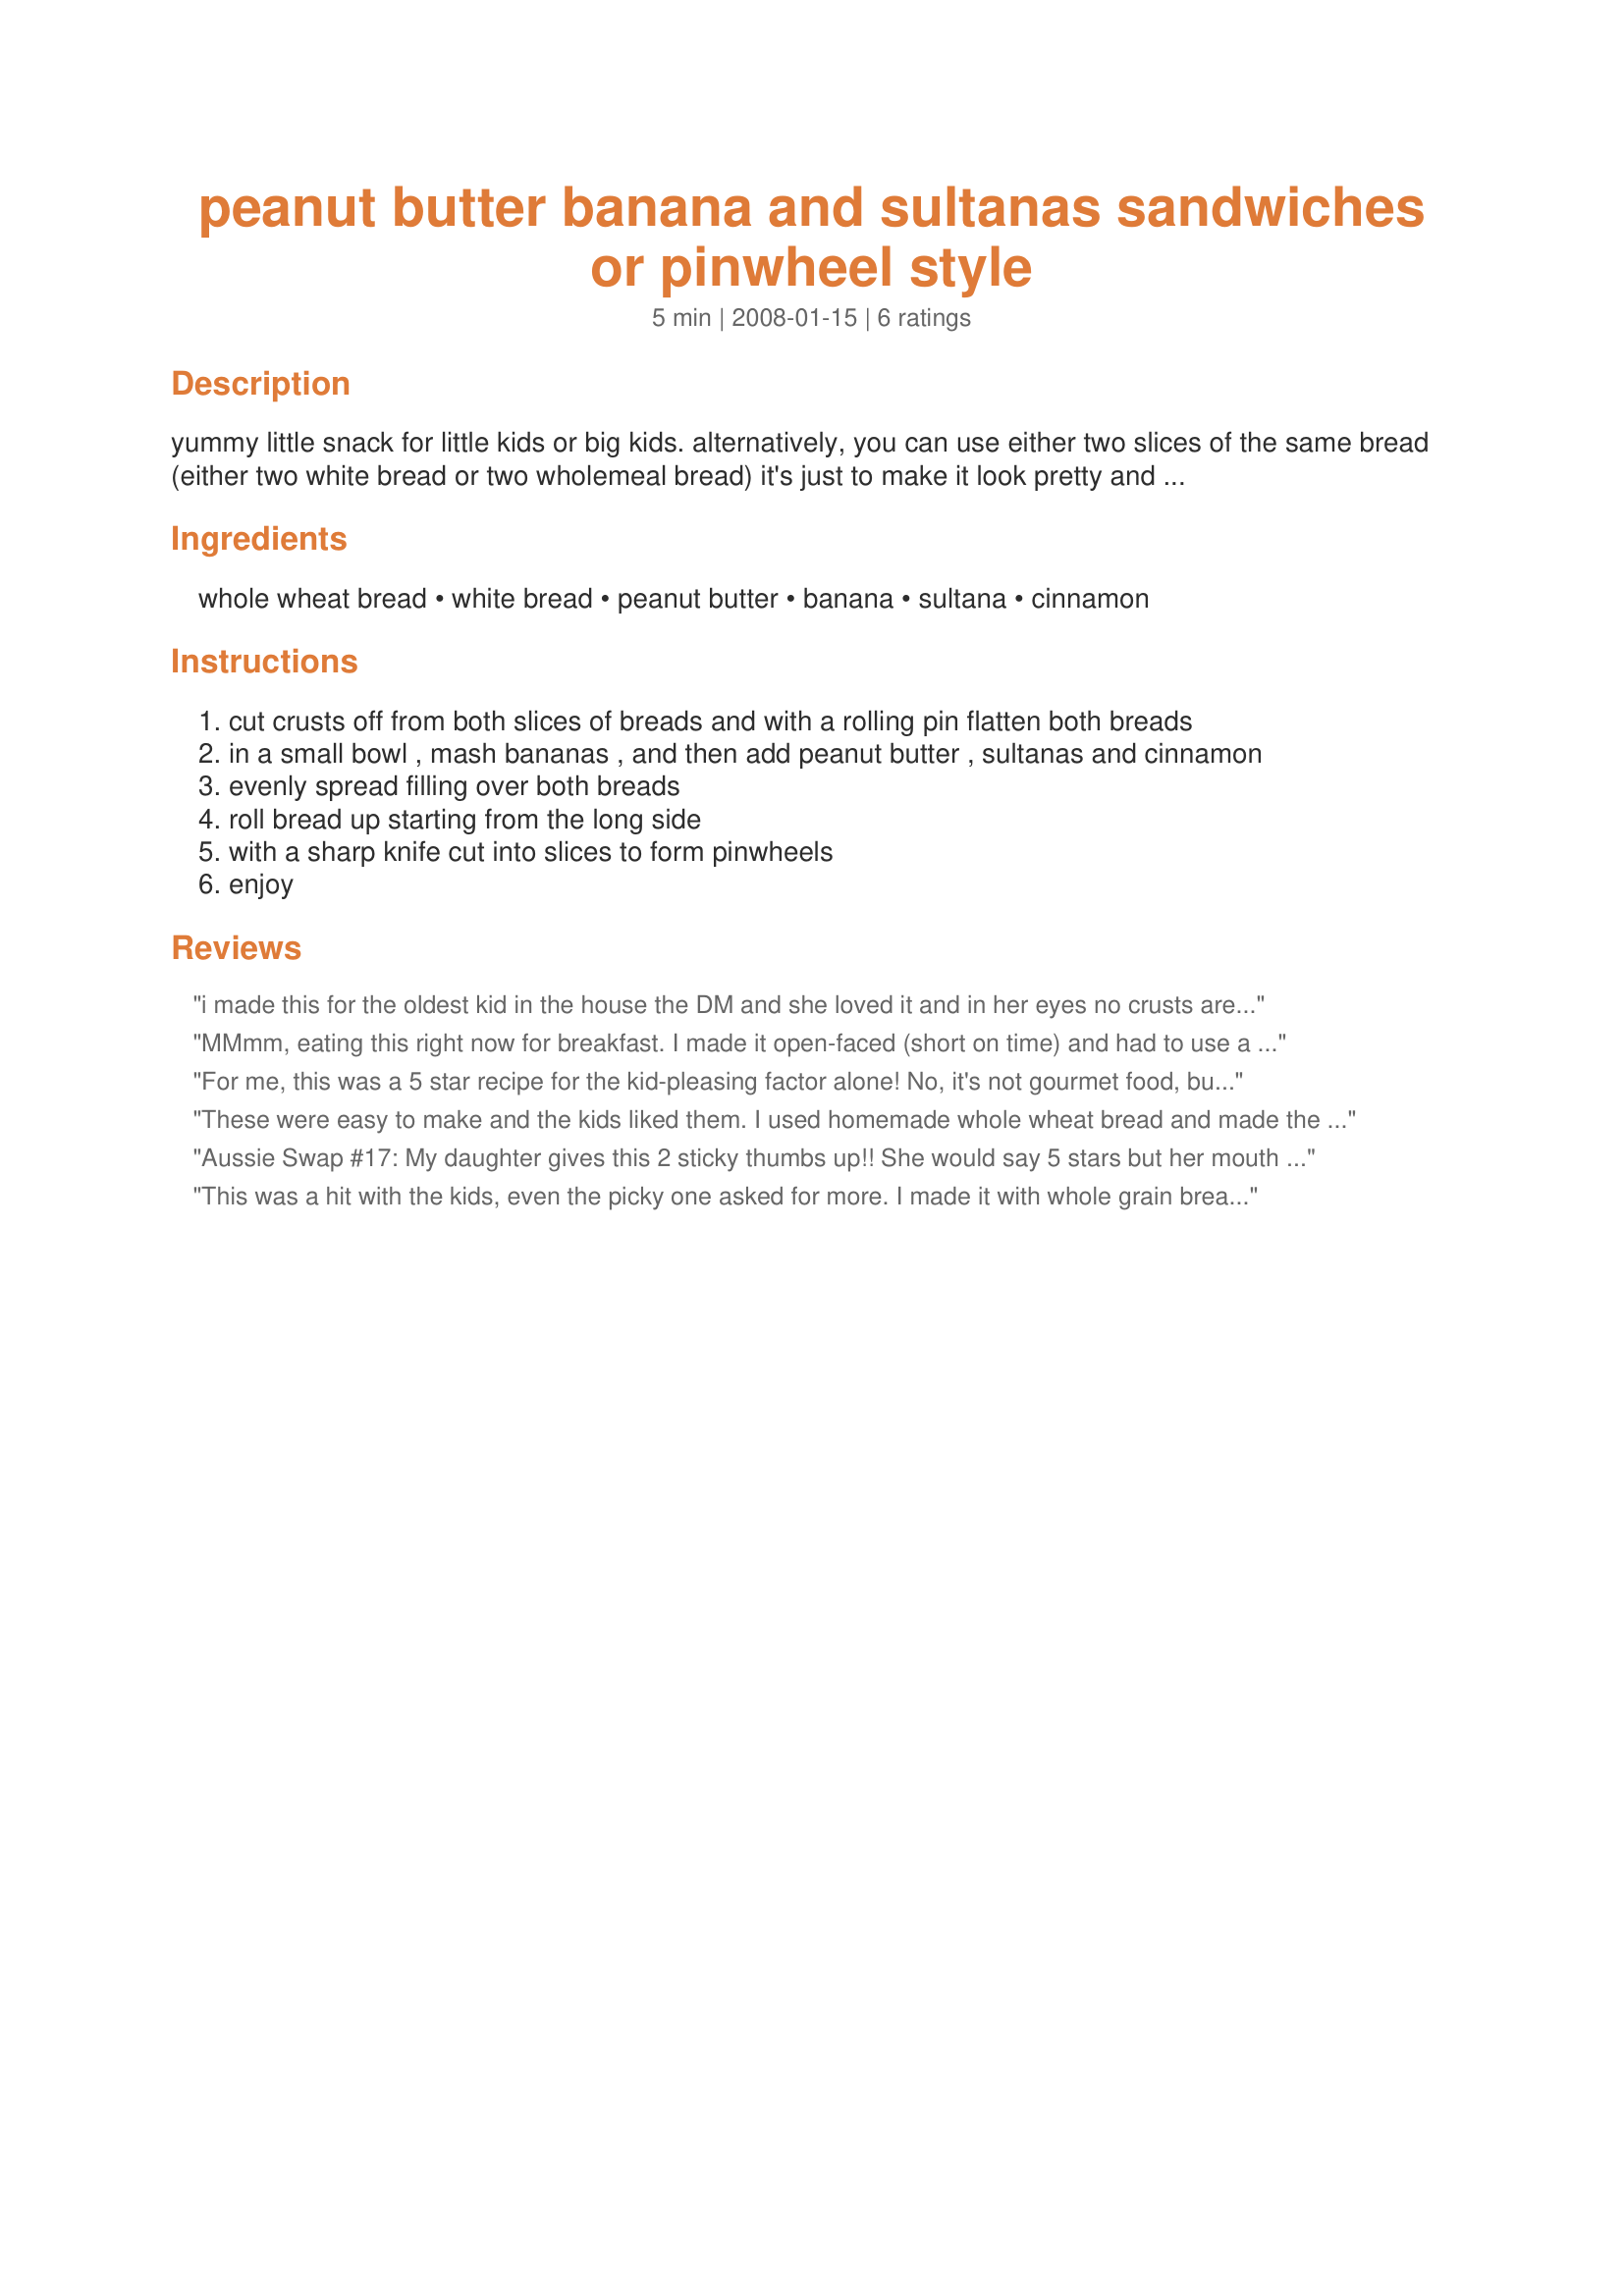
peanut butter banana and sultanas sandwiches or pinwheel style
Preparation time: 5 minutes

yummy little snack for little kids or big kids. alternatively, you can use either two slices of the same bread (either two white bread or two wholemeal bread) it's just to make it look pretty and healthy for kids. the pinwheel style is difficult to do without making a mess so if you don't like a mess or a challenge. you can use two more slice of bread and place them on the top, this will then be a serving size for two. please be careful with nuts, we don't give little miss (dd) nuts because her cousin has a severe nut allergy.

Ingredients:
whole wheat bread, white bread, peanut butter, banana, sultana, cinnamon

Steps:
cut crusts off from both slices of breads and with a rolling pin flatten both breads
in a small bowl , mash bananas , and then add peanut butter , sultanas and cinnamon
evenly spread filling over both breads
roll bread up starting from the long side
with a sharp knife cut into slices to form pinwheels
enjoy

Reviews:
i made this for the oldest kid in the house the DM and she loved it and in her eyes no crusts are good thing. Used a wholemeal/wholegrain bread and had enough filling to generously cover 3 slices. Thank you Chef floWer, made for Edition 9 - Make My Recipe.
MMmm, eating this right now for breakfast. I made it open-faced (short on time) and had to use a handful of frozen, sliced bananas (didn't have any fresh). I used Jif creamy (the best brand of pb imho :D ) and the cinnamon and sultanas and spread this on Sprouted Multi Grain Bread from Fresh & Easy Market. I halved the recipe but still have some left, so stuck it in the fridge - hope it'll be okay in there and the bananas won't get all weird from thawing out. I have always enjoyed pb and banana sandwiches of varying combinations; this one is part of my repertoire now. :) Thanks Chef FloWer. Made as a recipenapped recipe for NZ/Aussie Swap #14.
For me, this was a 5 star recipe for the kid-pleasing factor alone! No, it's not gourmet food, but my 7 year old sure thought it was :) 
I used whole wheat bread as that is the only kind I ever have in the house, and made this for my daughter for breakfast. She gobbled it right up and asked for more. I found them quite easy to make, and not so messy once you get the trick. OK, now you want to know the trick, right? Here you go: Don't spread the filling on too thickly or it will just mush out the sides.
Thanks for a great recipe floWer!! Made for the Aussie Swap :)
These were easy to make and the kids liked them. I used homemade whole wheat bread and made the pinwheels. It was hard to see the swirl with the bread, but they tasted good. I left out the raisins, as my kids don't like them.
Aussie Swap #17: My daughter gives this 2 sticky thumbs up!! She would say 5 stars but her mouth is stuck together from the PB - lol!! Thank you for a fun & delicious treat to make with my daughter!
This was a hit with the kids, even the picky one asked for more. I made it with whole grain bread and without the sultanas, and was informed that in future I should only make it with SMOOTH peanut butter. LOL!
